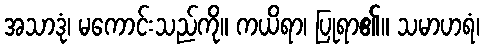
အသာဒုံ၊ မကောင်းသည်ကို။ ကယိရာ၊ ပြုရာ၏။ သမာဟရံ၊